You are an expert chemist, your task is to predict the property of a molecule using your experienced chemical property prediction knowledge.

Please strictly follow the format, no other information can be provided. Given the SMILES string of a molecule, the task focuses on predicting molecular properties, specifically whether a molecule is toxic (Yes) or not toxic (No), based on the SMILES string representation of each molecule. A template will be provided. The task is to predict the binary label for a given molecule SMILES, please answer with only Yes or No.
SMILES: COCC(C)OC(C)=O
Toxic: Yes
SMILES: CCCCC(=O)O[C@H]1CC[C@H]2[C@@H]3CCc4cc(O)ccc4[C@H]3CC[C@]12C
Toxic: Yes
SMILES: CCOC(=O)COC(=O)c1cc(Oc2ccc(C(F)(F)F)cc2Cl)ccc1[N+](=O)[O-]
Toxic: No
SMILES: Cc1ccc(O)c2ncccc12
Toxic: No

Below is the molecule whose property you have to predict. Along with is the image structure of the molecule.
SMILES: Cn1cnc2c(=O)nc(N)[nH]c21
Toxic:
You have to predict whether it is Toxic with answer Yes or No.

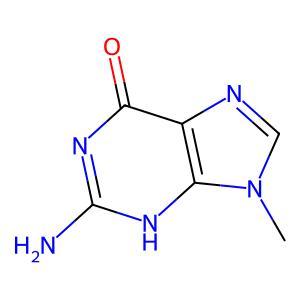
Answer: No